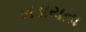
ખડાયતા